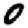
Digit: 0